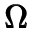
\pmb { \Omega }